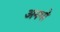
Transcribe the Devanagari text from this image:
अनघो